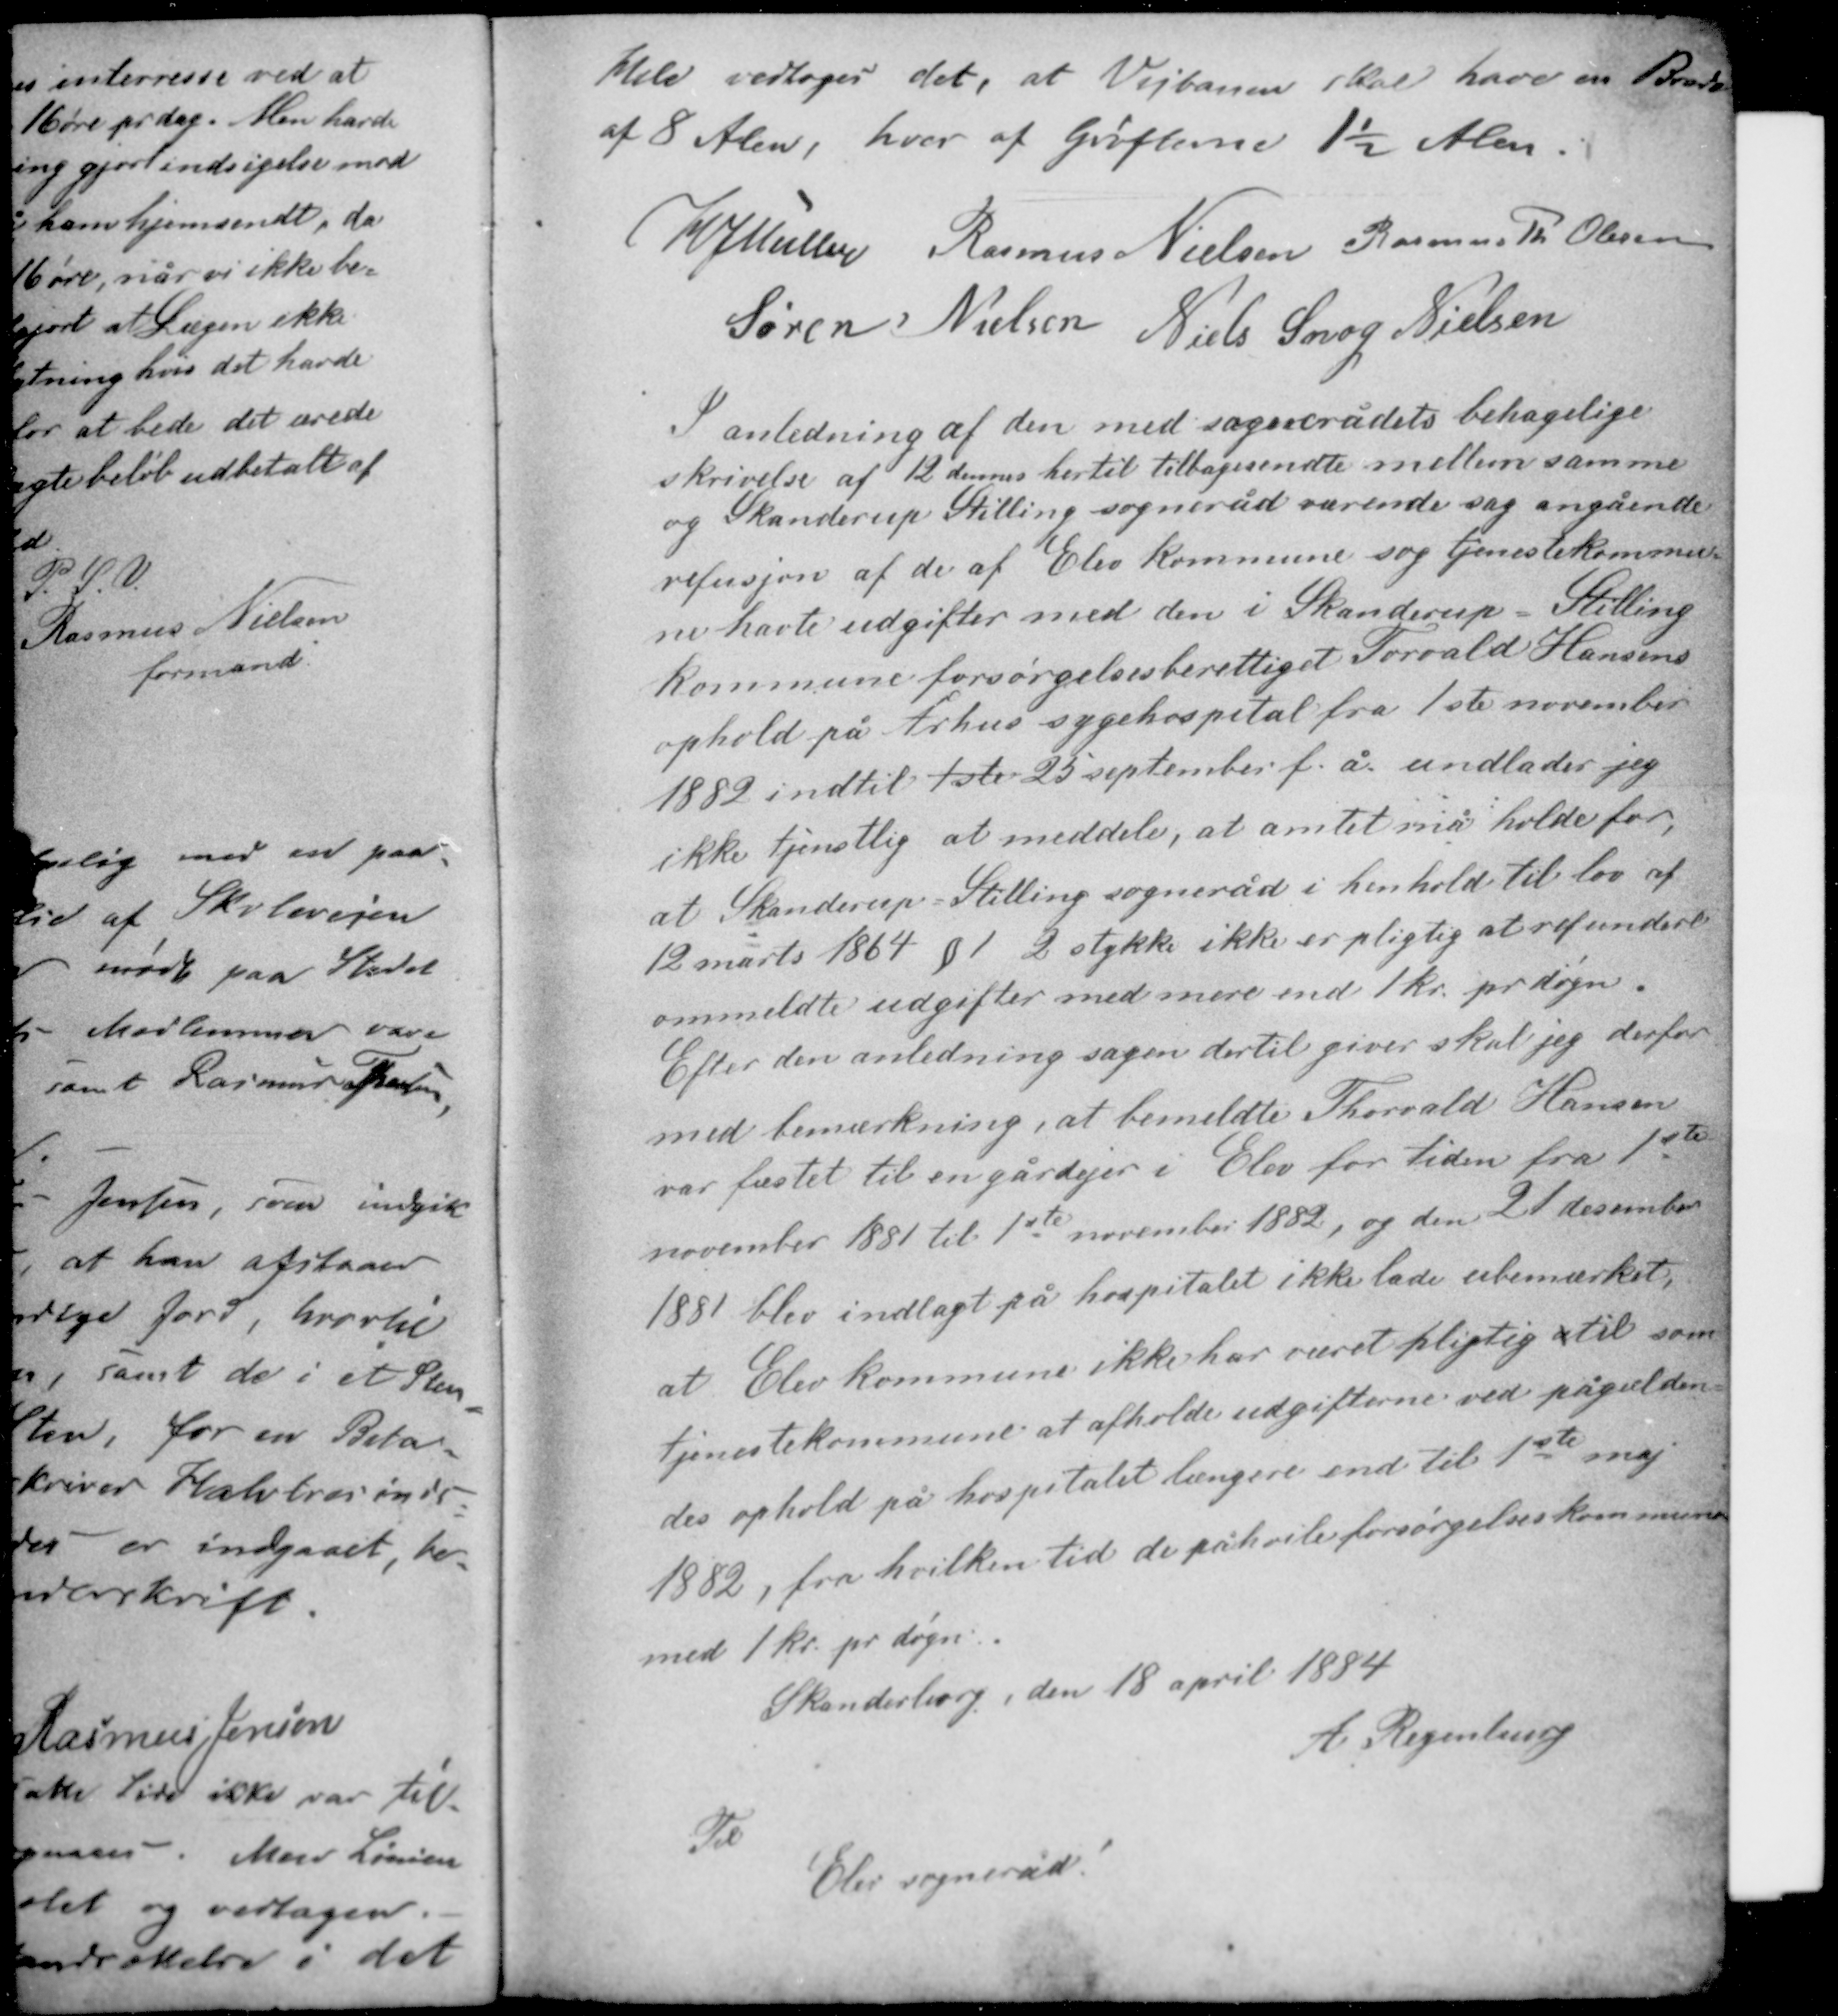
Transskription:
Man vdtager det, at Vejbanen skal have en Bredde
af 8 Alen, hver af grøfterne 1½ Alen.

K J Müller Rasmus Nielsen Rasmus Th. Olesen
Søren Nielsen Niels Snog Nielsen

I anledning af den med sognerådets behagelige
skrivelse af 12 dennes hertil tilbagesendte mellem samme
og Skanderup - Stilling sogneråd værende sag angående
refusjon af de af Elev kommune og tjenestekommu-
ne havde udgifter med den i Skanderup - Stilling
kommune forsørgelsesberettiget Torvald Hansens
ophold på Århus sygehospital fra 1ste november
1882 indtil 1ste 25 september f. å. undlader jeg
ikke tjenstlig at meddele, at amtet må holde for,

at Skanderup - Stilling sogneråd i henhold til lov af
12 marts 1854 § 1 2 stykke ikke er pligtig at refundere
ommeldte udgifter med mere end 1 kr pr. døgn.
Efter den anledning sagen dertil giver skal jeg derfor
med bemærkning, at bemeldte Thorvald Hansen
var fæstet til en gårdejer i Elev for tiden fra 1ste
november 1881 til 1ste november 1882, og den 21 december
1881 blev indlagt på hospitalet ikke lade ubemærket,

at Elev kommune ikke har været pligtig atil som
tjenestekommune at afholde udgifterne ved pågælden-
des ophold på hospitalet længere end til 1ste maj
1882, fra hvilken tid de påhvile forsørgelseskommunen
med 1 kr pr døgn.

Skanderborg, den 18 april 1884
A Regenburg

Til
Elev sogneråd